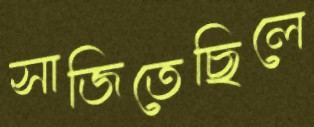
সাজিতেছিলে